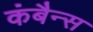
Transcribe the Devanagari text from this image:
कंबैन्स